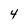
Character: 4